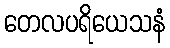
တေလပရိယေသနံ